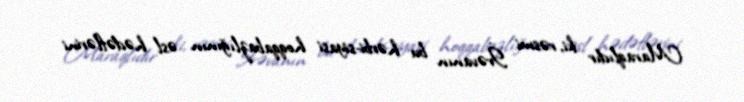
Maraqlıdır ki, rəsmi İrəvanın bu hərbi-siyasi hoqqabazlığının əsl hədəflərini